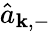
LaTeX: \hat{a}_{\mathbf{k},-}